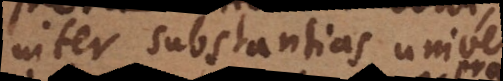
inter substantias universales